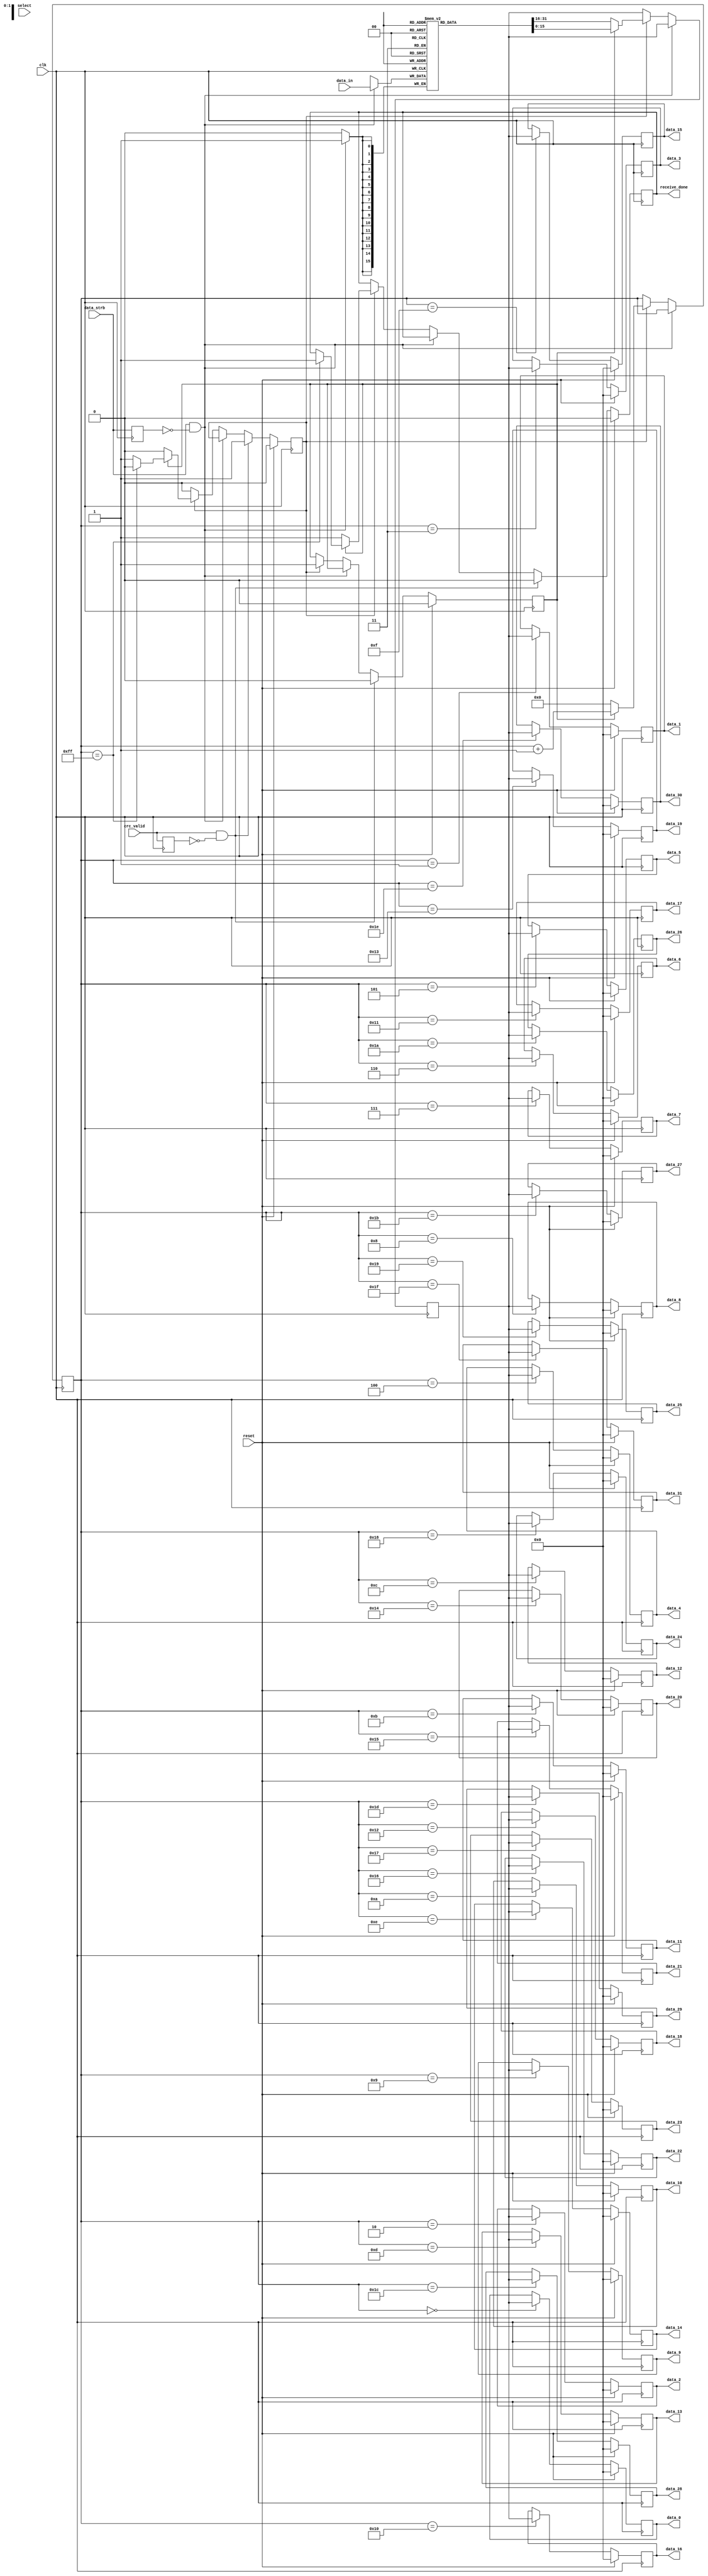

module data_demux_32_w (
					input 		 clk,
					input [7:0]  select,
					input [15:0] data_in,
					input 		 data_strb,
					input        crc_valid,
					input 		 reset,
											output reg [15:0] data_0,
											output reg [15:0] data_1,
											output reg [15:0] data_2,
											output reg [15:0] data_3,
											output reg [15:0] data_4,
											output reg [15:0] data_5,
											output reg [15:0] data_6,
											output reg [15:0] data_7,
											output reg [15:0] data_8,
											output reg [15:0] data_9,
											output reg [15:0] data_10,
											output reg [15:0] data_11,
											output reg [15:0] data_12,
											output reg [15:0] data_13,
											output reg [15:0] data_14,
											output reg [15:0] data_15,
											output reg [15:0] data_16,
											output reg [15:0] data_17,
											output reg [15:0] data_18,
											output reg [15:0] data_19,
											output reg [15:0] data_20,
											output reg [15:0] data_21,
											output reg [15:0] data_22,
											output reg [15:0] data_23,
											output reg [15:0] data_24,
											output reg [15:0] data_25,
											output reg [15:0] data_26,
											output reg [15:0] data_27,
											output reg [15:0] data_28,
											output reg [15:0] data_29,
											output reg [15:0] data_30,
											output reg [15:0] data_31,
											output reg        receive_done
																			);

parameter [7:0] n_word = 8'h01;

localparam [7:0] max_wrd_indx = n_word - 8'h01;

(*ramstyle = "no_rw_check"*)reg [15:0] mem [max_wrd_indx:0];

reg [15:0] data_bf = 16'h0000;
reg [7:0]  n       = 8'h00;

reg pre_strb_0 = 1'b0;
reg pre_strb_1 = 1'b0;
reg valid_flg  = 1'b0;
reg first_word = 1'b0;


always @(posedge clk) begin
	pre_strb_0 <= data_strb;
	pre_strb_1 <= crc_valid;

	if(data_strb && !pre_strb_0) begin
		mem[select] <= data_in;
	end
	else begin
		if(valid_flg) begin
			if(!first_word) begin
				n <= 8'h00;
				data_bf <= mem[0];
				first_word <= 1'b1;
				if(!max_wrd_indx) begin
					valid_flg <= 1'b0;
					receive_done <= 1'b1;
				end
				else begin end
			end
			else begin
				data_bf <= mem[n + 8'h01];
				n <= n + 8'h01;
				if(n == max_wrd_indx - 8'h01) begin
					valid_flg <= 1'b0;
					receive_done <= 1'b1;	
				end
				else begin end
			end
		end
		else begin end
	end
	if(crc_valid && !pre_strb_1) begin
		valid_flg <= 1'b1;
		receive_done <= 1'b0;
		first_word <= 1'b0;	
	end
	else begin end

	if(reset) begin
		valid_flg <= 1'b0;
		first_word <= 1'b0;
		receive_done <= 1'b0;
	end
	else begin end
end

always @(posedge clk) begin
	if(reset) begin
		data_0 <= 16'h0000;
		data_1 <= 16'h0000;
		data_2 <= 16'h0000;
		data_3 <= 16'h0000;
		data_4 <= 16'h0000;
		data_5 <= 16'h0000;
		data_6 <= 16'h0000;
		data_7 <= 16'h0000;
		data_8 <= 16'h0000;
		data_9 <= 16'h0000;
		data_10 <= 16'h0000;
		data_11 <= 16'h0000;
		data_12 <= 16'h0000;
		data_13 <= 16'h0000;
		data_14 <= 16'h0000;
		data_15 <= 16'h0000;
		data_16 <= 16'h0000;
		data_17 <= 16'h0000;
		data_18 <= 16'h0000;
		data_19 <= 16'h0000;
		data_20 <= 16'h0000;
		data_21 <= 16'h0000;
		data_22 <= 16'h0000;
		data_23 <= 16'h0000;
		data_24 <= 16'h0000;
		data_25 <= 16'h0000;
		data_26 <= 16'h0000;
		data_27 <= 16'h0000;
		data_28 <= 16'h0000;
		data_29 <= 16'h0000;
		data_30 <= 16'h0000;
		data_31 <= 16'h0000;
	end
	else begin
		case(n)
			0: data_0 <= data_bf;
			1: data_1 <= data_bf;
			2: data_2 <= data_bf;
			3: data_3 <= data_bf;
			4: data_4 <= data_bf;
			5: data_5 <= data_bf;
			6: data_6 <= data_bf;
			7: data_7 <= data_bf;
			8: data_8 <= data_bf;
			9: data_9 <= data_bf;
			10: data_10 <= data_bf;
			11: data_11 <= data_bf;
			12: data_12 <= data_bf;
			13: data_13 <= data_bf;
			14: data_14 <= data_bf;
			15: data_15 <= data_bf;
			16: data_16 <= data_bf;
			17: data_17 <= data_bf;
			18: data_18 <= data_bf;
			19: data_19 <= data_bf;
			20: data_20 <= data_bf;
			21: data_21 <= data_bf;
			22: data_22 <= data_bf;
			23: data_23 <= data_bf;
			24: data_24 <= data_bf;
			25: data_25 <= data_bf;
			26: data_26 <= data_bf;
			27: data_27 <= data_bf;
			28: data_28 <= data_bf;
			29: data_29 <= data_bf;
			30: data_30 <= data_bf;
			31: data_31 <= data_bf;	

			default: begin end
		endcase
	end
end
endmodule